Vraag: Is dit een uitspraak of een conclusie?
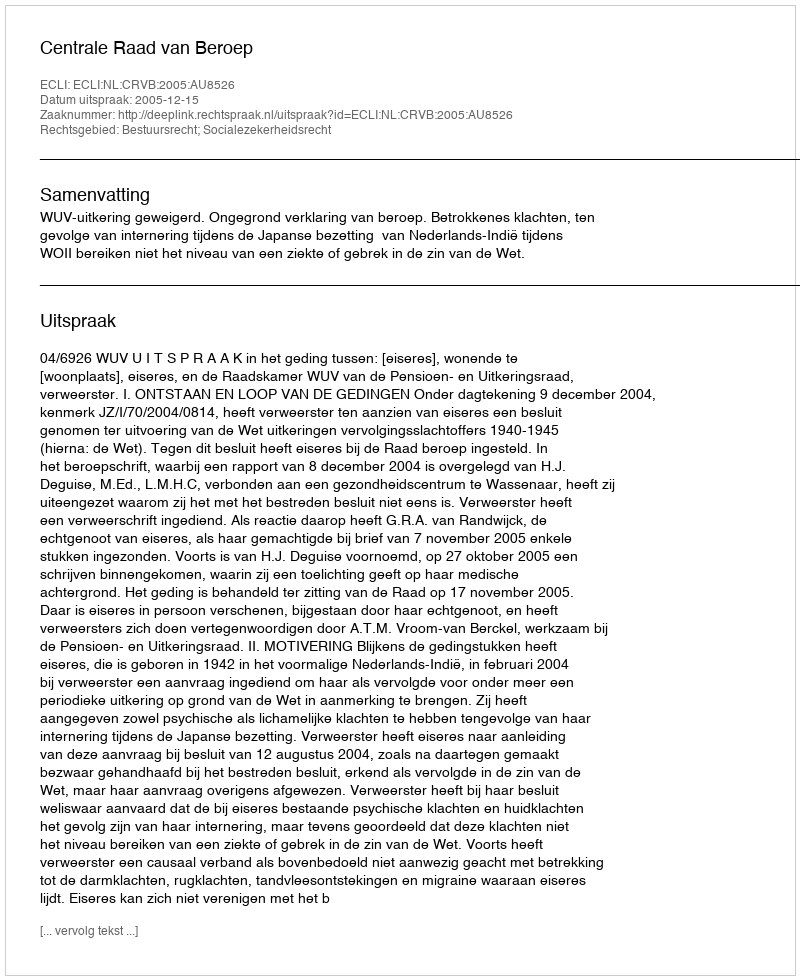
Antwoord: Uitspraak